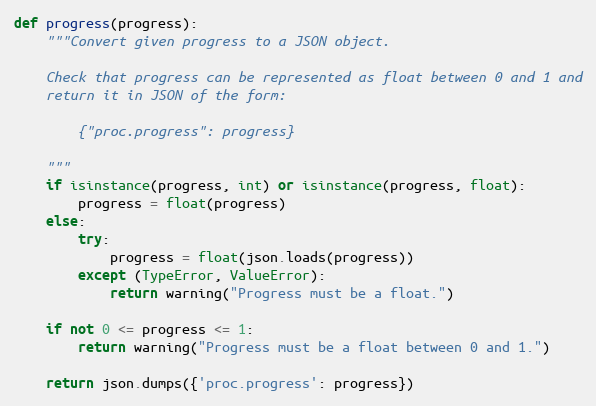
Language: Python
def progress(progress):
    """Convert given progress to a JSON object.

    Check that progress can be represented as float between 0 and 1 and
    return it in JSON of the form:

        {"proc.progress": progress}

    """
    if isinstance(progress, int) or isinstance(progress, float):
        progress = float(progress)
    else:
        try:
            progress = float(json.loads(progress))
        except (TypeError, ValueError):
            return warning("Progress must be a float.")

    if not 0 <= progress <= 1:
        return warning("Progress must be a float between 0 and 1.")

    return json.dumps({'proc.progress': progress})